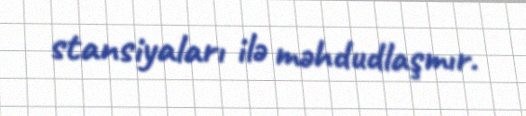
stansiyaları ilə məhdudlaşmır.